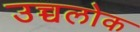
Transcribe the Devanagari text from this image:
उच्चलोक